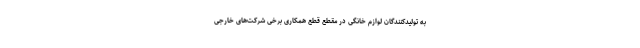
به تولیدکنندگان لوازم خانگی در مقطع قطع همکاری برخی شرکت‌های خارجی